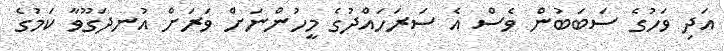
އަދި ވަހުގެ ސަބަބުން ވެސް އެ ސަރަހައްދުގެ މީހުންނަށް ވަރަށް އުނދަގޫވާ ކަމުގެ